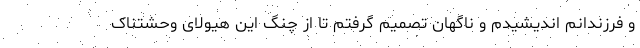
و فرزندانم اندیشیدم و ناگهان تصمیم گرفتم تا از چنگ این هیولای وحشتناک